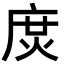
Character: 𢉙